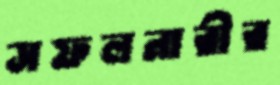
সফলনারীর